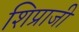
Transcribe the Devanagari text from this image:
शिप्राजी